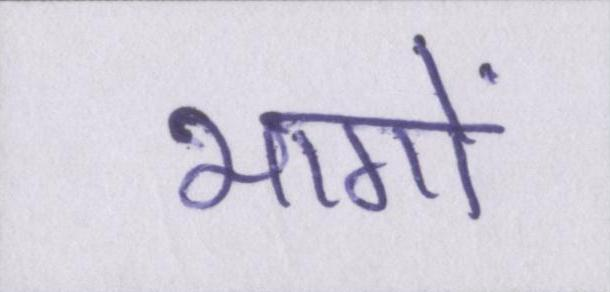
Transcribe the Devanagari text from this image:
भागों